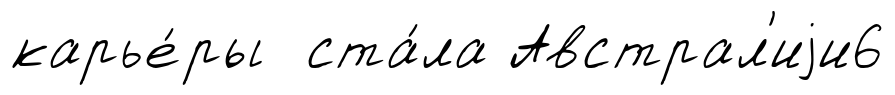
карье́ры ста́ла Австрал'иjи6